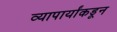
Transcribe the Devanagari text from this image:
व्यापार्यांकडून